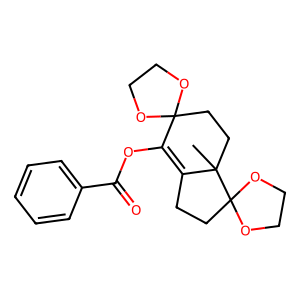
SMILES: CC12CCC3(OCCO3)C(OC(=O)c3ccccc3)=C1CCC21OCCO1
Inhibits HIV replication: No